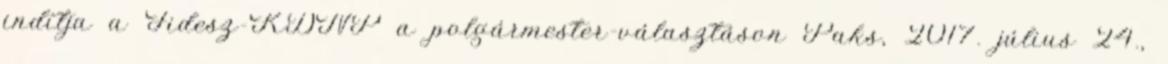
indítja a Fidesz-KDNP a polgármester-választáson Paks, 2017. július 24.,